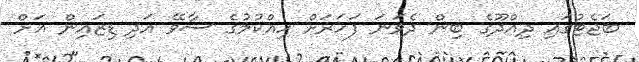
ބަޖެޓުގައި ދިއްދޫގެ ބިން ދެވަނަ ފަހަރަށް ހިއްކުމުގެ ސާވޭ އަދި ޑިޒައިން އަށް